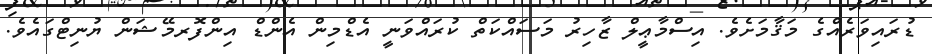
ޑުރައިވަރެއްގެ މަޤާމަށެވެ. އިސްމާޢީލް ޒާހިރު މަސައްކަތް ކުރައްވަނީ އެޑްމިން އެންޑް އިންފޮރމޭޝަން ޔުނިޓްގައެވެ.